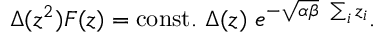
\Delta ( z ^ { 2 } ) { \cal F } ( z ) = \mathrm { c o n s t . } ~ \Delta ( z ) ~ e ^ { - \sqrt { \alpha \beta } ~ \sum _ { i } z _ { i } } .